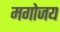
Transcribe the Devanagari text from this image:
मगोजय